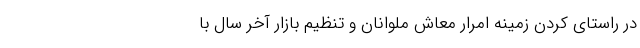
در راستای کردن زمینه امرار معاش ملوانان و تنظیم بازار آخر سال با